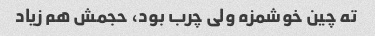
ته چین خوشمزه ولی چرب بود، حجمش هم زیاد